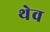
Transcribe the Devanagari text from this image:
थेव